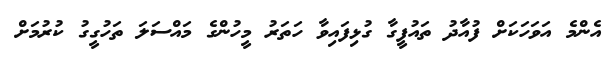
އެންމެ އަވަހަކަށް ފުއާދު ތައުފީގާ ގުޅިފައިވާ ހަތަރު މީހުންގެ މައްސަލަ ތަހުގީގު ކުރުމަށް